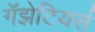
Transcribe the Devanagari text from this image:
गॅझेटियर्स